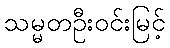
သမ္မတဦးဝင်းမြင့်